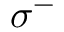
\sigma ^ { - }